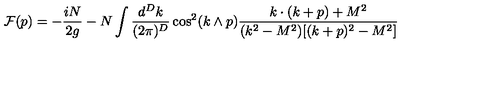
{ \cal F } ( p ) = - \frac { i N } { 2 g } - N \int \frac { d ^ { D } k } { ( 2 \pi ) ^ { D } } \cos ^ { 2 } ( k \wedge p ) \frac { k \cdot ( k + p ) + M ^ { 2 } } { ( k ^ { 2 } - M ^ { 2 } ) [ ( k + p ) ^ { 2 } - M ^ { 2 } ] }